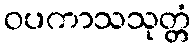
ဝပကာသသုတ္တံ